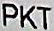
PKT